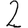
Digit: 2